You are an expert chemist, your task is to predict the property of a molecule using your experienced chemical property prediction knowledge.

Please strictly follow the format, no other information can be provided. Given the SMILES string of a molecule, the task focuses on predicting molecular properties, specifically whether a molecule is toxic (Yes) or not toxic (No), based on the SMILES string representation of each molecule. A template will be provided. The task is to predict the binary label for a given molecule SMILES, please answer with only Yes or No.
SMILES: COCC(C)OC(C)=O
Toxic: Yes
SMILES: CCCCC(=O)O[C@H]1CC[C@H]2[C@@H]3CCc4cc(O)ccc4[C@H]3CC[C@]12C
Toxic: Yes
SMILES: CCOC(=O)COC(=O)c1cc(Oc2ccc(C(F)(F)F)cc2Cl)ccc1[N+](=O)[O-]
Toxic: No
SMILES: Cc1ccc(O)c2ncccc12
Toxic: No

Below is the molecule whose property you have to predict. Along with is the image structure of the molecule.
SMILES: CCCCO
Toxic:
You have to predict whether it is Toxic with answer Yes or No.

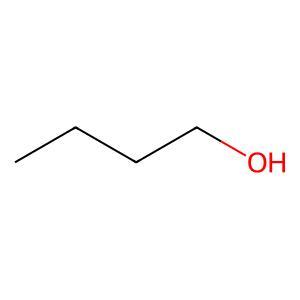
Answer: No